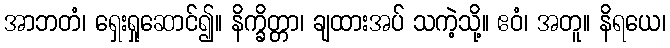
အာဘတံ၊ ရှေးရှုဆောင်၍။ နိက္ခိတ္တာ၊ ချထားအပ် သကဲ့သို့။ ဧဝံ၊ အတူ။ နိရယေ၊